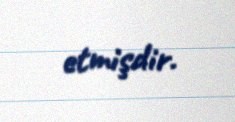
etmişdir.